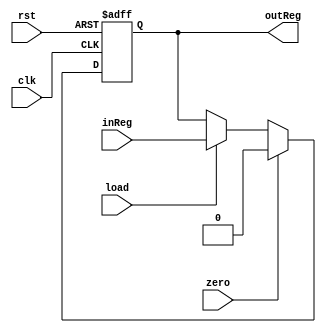
// **************************************************************************************
// Project: AFTAB
// Version: 1.0
// Date:
//
// Module Name: aftab_oneBitReg
// Description:
//
// Dependencies:
//
// File content description:
// aftab_oneBitReg for AFTAB interrupt
//
// **************************************************************************************
`timescale 1ns/1ns

module aftab_oneBitReg
(
	input clk,
	input rst,
	input zero,
	input load,
	input inReg,
	output reg outReg
);

	always @(posedge clk, posedge rst)
	begin
		if(rst == 1'b1)
			outReg <= 1'b0;
		else
		begin
			if(zero == 1'b1)
				outReg <= 1'b0;
			else if(load == 1'b1)
				outReg <= inReg;
		end
	end

endmodule